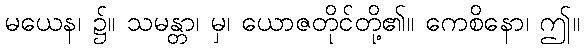
မယေန၊ ၌။ သမန္တာ၊ မှ၊ ယောဇတိုင်တို့၏။ ကေစိနော၊ ဤ။